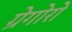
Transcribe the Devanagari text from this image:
ग्रेगोरो